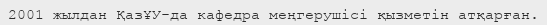
2001 жылдан ҚазҰУ-да кафедра меңгерушісі қызметін атқарған.